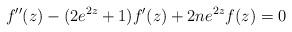
LaTeX: \begin{align*} f''(z)-(2e^{2z}+1)f'(z)+2ne^{2z}f(z)=0\end{align*}